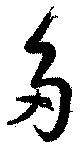
多